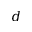
d